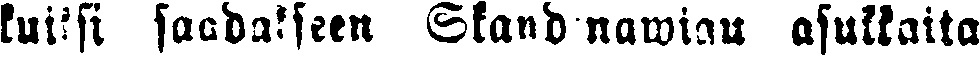
kuiksi saadakseen Skandinawian asukkaita